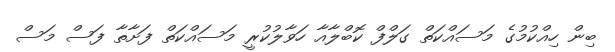
ބިން ހިއްކުމުގެ މަސައްކަތް ގަލްފް ކޮބްލާއާ ހަވާލުކުރީ މަސައްކަތް ފަށާތާ ފަސް މަސް